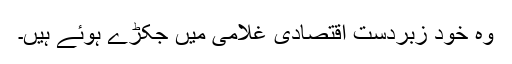
وہ خود زبردست اقتصادی غلامی میں جکڑے ہوئے ہیں۔